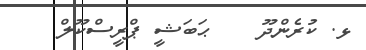
ޅ. ކުރެންދޫ    ޙަބަޝީ ޕްރީސްކޫލް